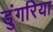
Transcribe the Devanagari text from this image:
डुंगरिया